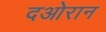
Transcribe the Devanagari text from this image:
दओरान